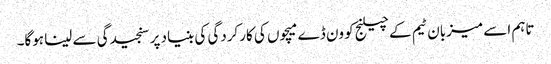
تاہم اسے میزبان ٹیم کے چیلنج کو ون ڈے میچوں کی کارکردگی کی بنیاد پر سنجیدگی سے لینا ہوگا۔